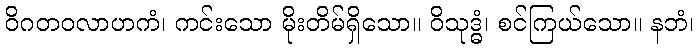
ဝိဂတဝလာဟကံ၊ ကင်းသော မိုးတိမ်ရှိသော။ ဝိသုဒ္ဓံ၊ စင်ကြယ်သော။ နဘံ၊